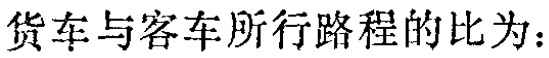
货车与客车所行路程的比为：